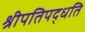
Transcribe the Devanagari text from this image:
श्रीपतिपद्धति